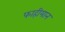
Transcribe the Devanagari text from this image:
फाहीयान